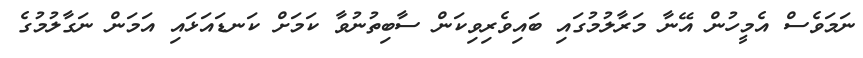
ނަމަވެސް އެމީހުން އޭނާ މަރާލުމުގައި ބައިވެރިވިކަން ސާބިތުނުވާ ކަމަށް ކަނޑައަޅައި އަމަން ނަގާލުމުގެ